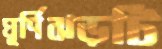
ঘূর্ণিঝড়টি